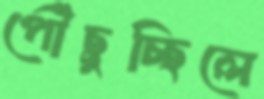
পৌঁছুচ্ছিলে